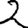
Digit: 2